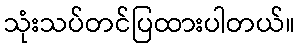
သုံးသပ်တင်ပြထားပါတယ်။